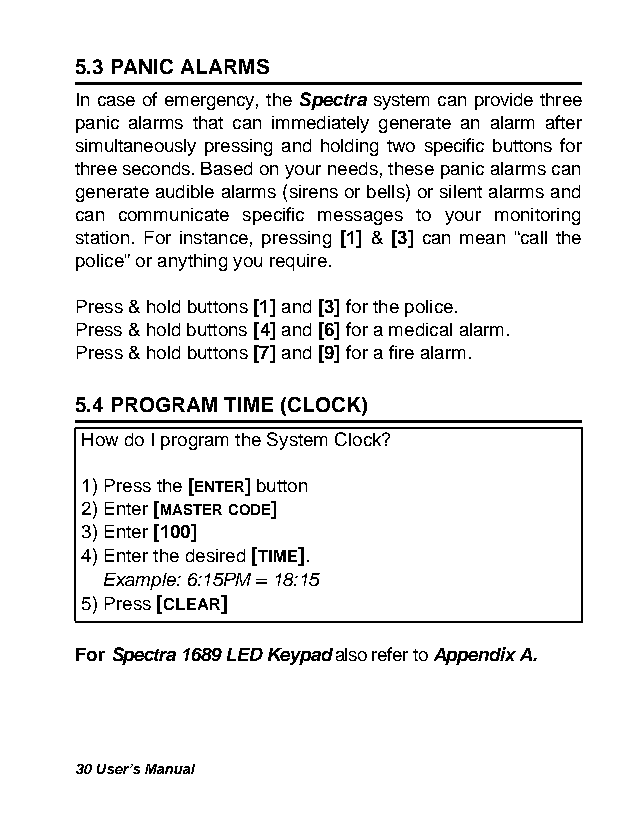
5.3 PANIC ALARMS
 In case of emergency, the Spectra system can provide three
 panic alarms that can immediately generate an alarm after
 simultaneously pressing and holding two specific buttons for
 three seconds. Based on your needs, these panic alarms can
 generate audible alarms (sirens or bells) or silent alarms and
 can communicate specific messages to your monitoring
 station. For instance, pressing [1] & [3] can mean “call the
 police” or anything you require.
 Press & hold buttons [1] and [3] for the police.
 Press & hold buttons [4] and [6] for a medical alarm.
 Press & hold buttons [7] and [9] for a fire alarm.
 5.4 PROGRAM TIME (CLOCK)
 How do I program the System Clock?
 1) Press the [ENTER] button
 2) Enter [MASTER CODE]
 3) Enter [100]
 4) Enter the desired [TIME].
 Example: 6:15PM = 18:15
 5) Press [CLEAR]
 For Spectra 1689 LED Keypad also refer to Appendix A.
 30 User’s Manual